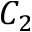
C _ { 2 }